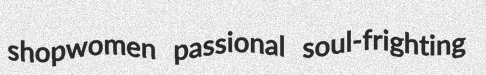
shopwomen passional soul-frighting